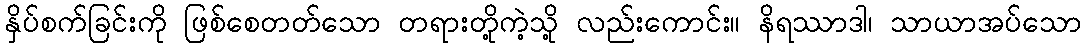
နှိပ်စက်ခြင်းကို ဖြစ်စေတတ်သော တရားတို့ကဲ့သို့ လည်းကောင်း။ နိရဿာဒါ၊ သာယာအပ်သော